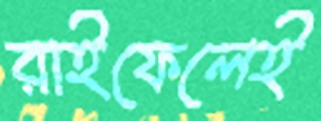
রাইফেলেই